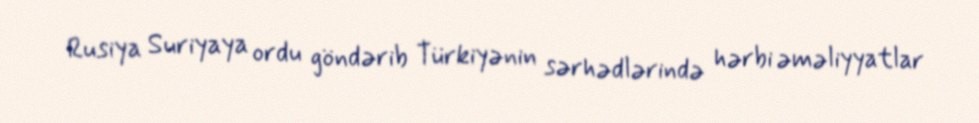
Rusiya Suriyaya ordu göndərib Türkiyənin sərhədlərində hərbi əməliyyatlar